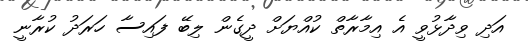
އަދި ވިދާޅުވީ އެ އިމާރާތް ކުއްޔަށް ދީގެން ލިބޭ ފައިސާ ހަރަދު ކުރާނީ